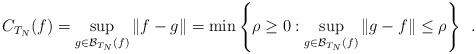
LaTeX: \begin{align*}C_{T_N}(f)=\sup_{g\in\mathcal B_{T_N}(f)}\|f-g\|=\min\left\{\rho\ge 0 : \sup_{g\in \mathcal B_{T_N}(f)}\|g-f\|\le \rho\right\}\enspace.\end{align*}